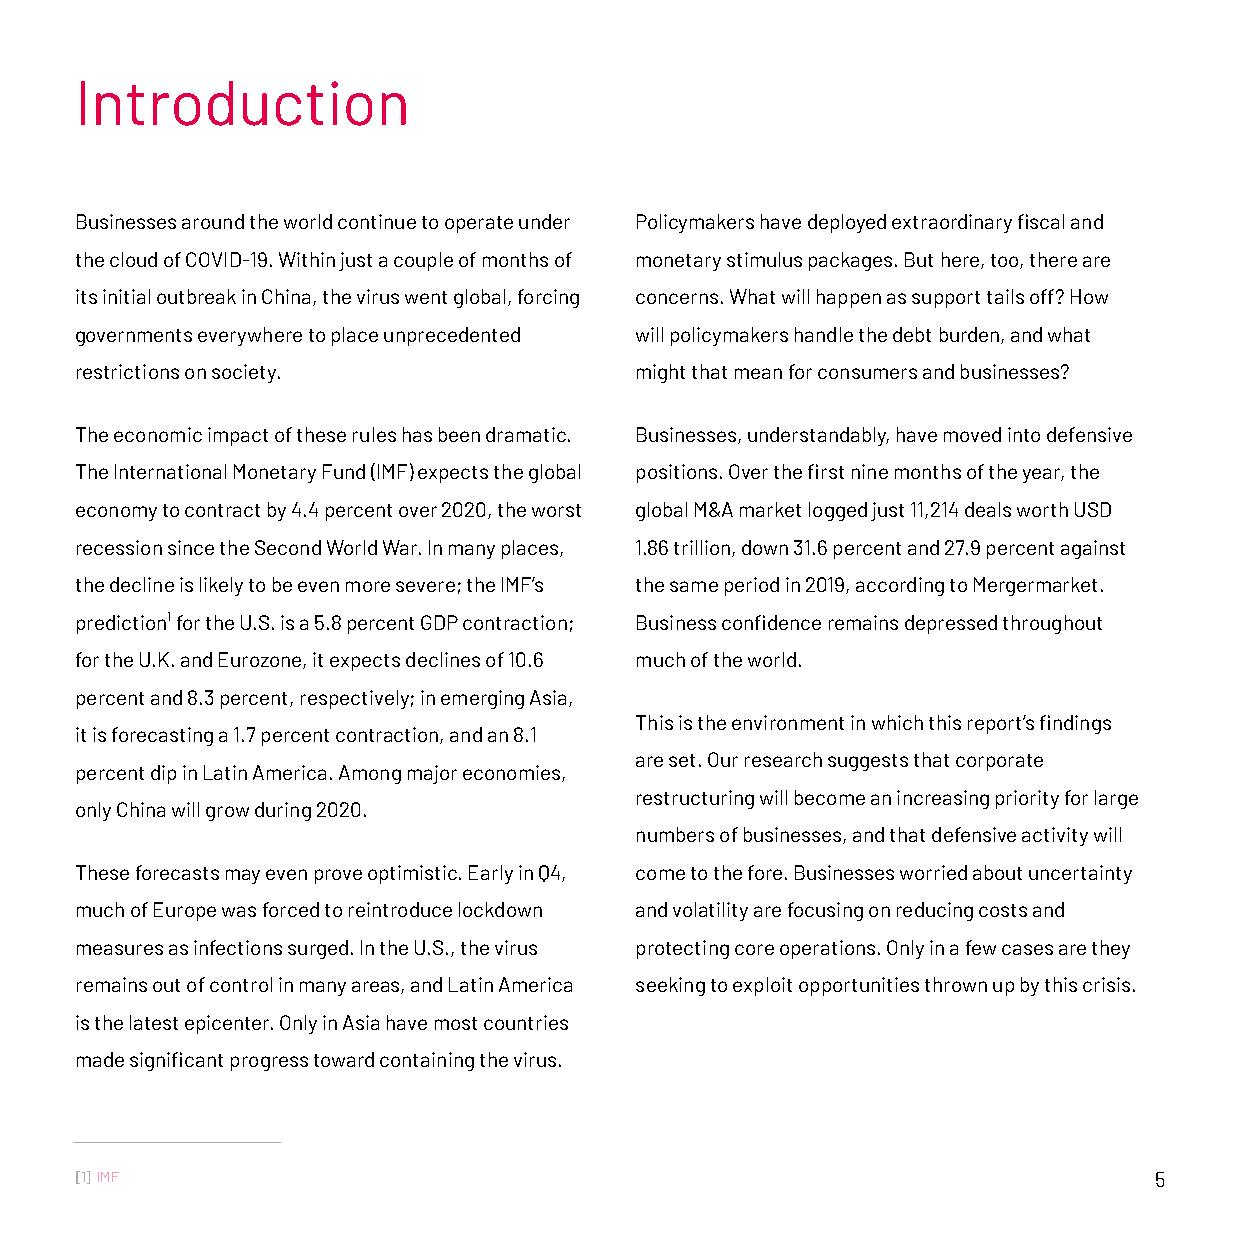
Introduction
 Businesses around the world continue to operate under Policymakers have deployed extraordinary fiscal and
 the cloud of COVID-19. Within just a couple of months of monetary stimulus packages. But here, too, there are
 its initial outbreak in China, the virus went global, forcing concerns. What will happen as support tails off? How
 governments everywhere to place unprecedented will policymakers handle the debt burden, and what
 restrictions on society.             might that mean for consumers and businesses?
 The economic impact of these rules has been dramatic. Businesses, understandably, have moved into defensive
 The International Monetary Fund (IMF) expects the global positions. Over the first nine months of the year, the
 economy to contract by 4.4 percent over 2020, the worst global M&A market logged just 11,214 deals worth USD
 recession since the Second World War. In many places, 1.86 trillion, down 31.6 percent and 27.9 percent against
 the decline is likely to be even more severe; the IMF’s the same period in 2019, according to Mergermarket.
 prediction¹ for the U.S. is a 5.8 percent GDP contraction; Business confidence remains depressed throughout
 for the U.K. and Eurozone, it expects declines of 10.6 much of the world.
 percent and 8.3 percent, respectively; in emerging Asia,
 This is the environment in which this report’s findings
 it is forecasting a 1.7 percent contraction, and an 8.1
 are set. Our research suggests that corporate
 percent dip in Latin America. Among major economies,
 restructuring will become an increasing priority for large
 only China will grow during 2020.
 numbers of businesses, and that defensive activity will
 These forecasts may even prove optimistic. Early in Q4, come to the fore. Businesses worried about uncertainty
 much of Europe was forced to reintroduce lockdown and volatility are focusing on reducing costs and
 measures as infections surged. In the U.S., the virus protecting core operations. Only in a few cases are they
 remains out of control in many areas, and Latin America seeking to exploit opportunities thrown up by this crisis.
 is the latest epicenter. Only in Asia have most countries
 made significant progress toward containing the virus.
 [1] IMF                                                                5